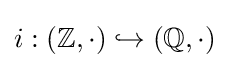
i:(\mathbb {Z} ,\cdot )\hookrightarrow (\mathbb {Q} ,\cdot )